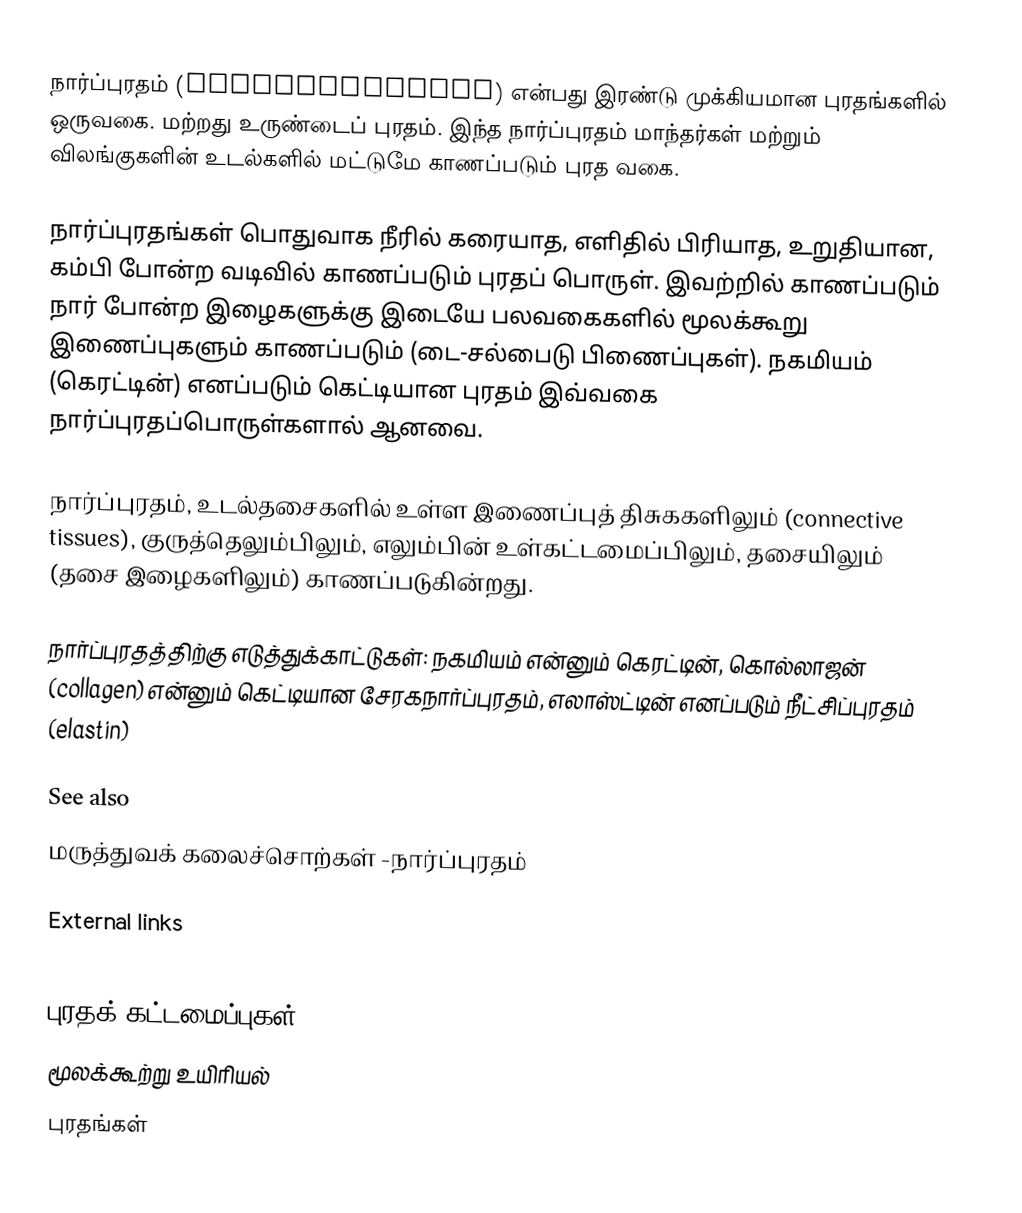
நார்ப்புரதம் (scleroproteins) என்பது இரண்டு முக்கியமான புரதங்களில் ஒருவகை. மற்றது உருண்டைப் புரதம். இந்த நார்ப்புரதம் மாந்தர்கள் மற்றும் விலங்குகளின் உடல்களில் மட்டுமே காணப்படும் புரத வகை.

நார்ப்புரதங்கள் பொதுவாக நீரில் கரையாத, எளிதில் பிரியாத, உறுதியான, கம்பி போன்ற வடிவில் காணப்படும் புரதப் பொருள். இவற்றில் காணப்படும் நார் போன்ற இழைகளுக்கு இடையே பலவகைகளில் மூலக்கூறு இணைப்புகளும் காணப்படும் (டை-சல்பைடு பிணைப்புகள்). நகமியம் (கெரட்டின்) எனப்படும் கெட்டியான புரதம் இவ்வகை நார்ப்புரதப்பொருள்களால் ஆனவை.

நார்ப்புரதம், உடல்தசைகளில் உள்ள இணைப்புத் திசுககளிலும் (connective tissues), குருத்தெலும்பிலும், எலும்பின் உள்கட்டமைப்பிலும், தசையிலும் (தசை இழைகளிலும்) காணப்படுகின்றது.

நார்ப்புரதத்திற்கு எடுத்துக்காட்டுகள்: நகமியம் என்னும் கெரட்டின், கொல்லாஜன் (collagen) என்னும் கெட்டியான சேரகநார்ப்புரதம், எலாஸ்ட்டின் எனப்படும் நீட்சிப்புரதம் (elastin)

See also
 மருத்துவக் கலைச்சொற்கள் -நார்ப்புரதம்

External links

புரதக் கட்டமைப்புகள்
மூலக்கூற்று உயிரியல்
புரதங்கள்